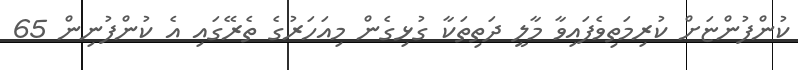
ކުންފުންޏަށް ކުރިމަތިވެފައިވާ މާލީ ދަތިތަކާ ގުޅިގެން މިއަހަރުގެ ތެރޭގައި އެ ކުންފުނިން 65